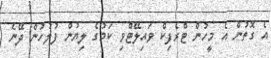
އެ ގޮތުން އެ މީހުން ޓްރެފިކް ވައިލޭޓްވި ކަމުގެ ލިޔުން ފުލުހުން ދޭނެ